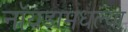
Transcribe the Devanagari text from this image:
नॉयडामधल्या